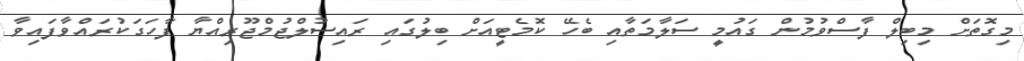
މިގޮތަށް މިބިލް ފާސްވުމުން ގައުމީ ސަލާމަތާއި ބެހޭ ކޮމެޓީއަށް ބިލުގައި ރައިސުލްޖުމްޖޫރިއްޔާ ފާހަގަކުރައްވާފައިވާ